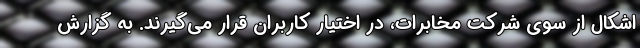
اشکال از سوی شرکت مخابرات، در اختیار کاربران قرار می‌گیرند. به گزارش